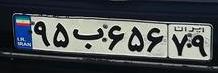
۹۵ب۶۵۶۷۹